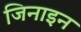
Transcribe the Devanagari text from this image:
जिनाइन